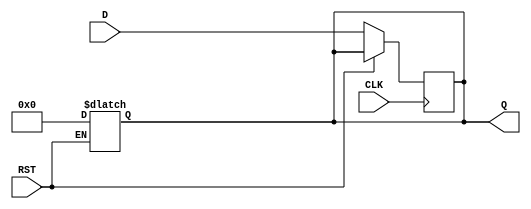
module OutputRegister #(
    parameter WIDTH = 8  // Parameter to define the width of the register
)(
    input  wire [WIDTH-1:0] D,    // Data input
    input  wire CLK,                // Clock input
    input  wire RST,                // Asynchronous reset input
    output reg  [WIDTH-1:0] Q       // Data output
);

// Asynchronous reset behavior
always @(*) begin
    if (RST) begin
        Q = {WIDTH{1'b0}};  // Set output to zero
    end
end

// Capture data on the rising edge of the clock
always @(posedge CLK) begin
    if (!RST) begin
        Q <= D;  // Transfer input data to output
    end
end

endmodule